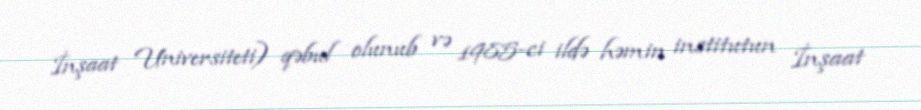
İnşaat Universiteti) qəbul olunub və 1985-ci ildə həmin institutun İnşaat